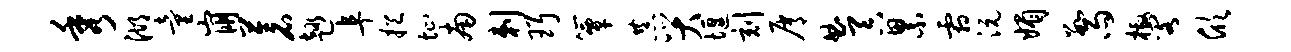
秀湖童崩苍趣阜挹址南剌珥簟恭哭堰刻屑曲吞累霜沅媚数雨檄阁欣